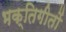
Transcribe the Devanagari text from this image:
भक्तिगीतों